Notes on vaccination in the North-West Frontier Province 1923-1928 - 1923-1928
Year: 1923
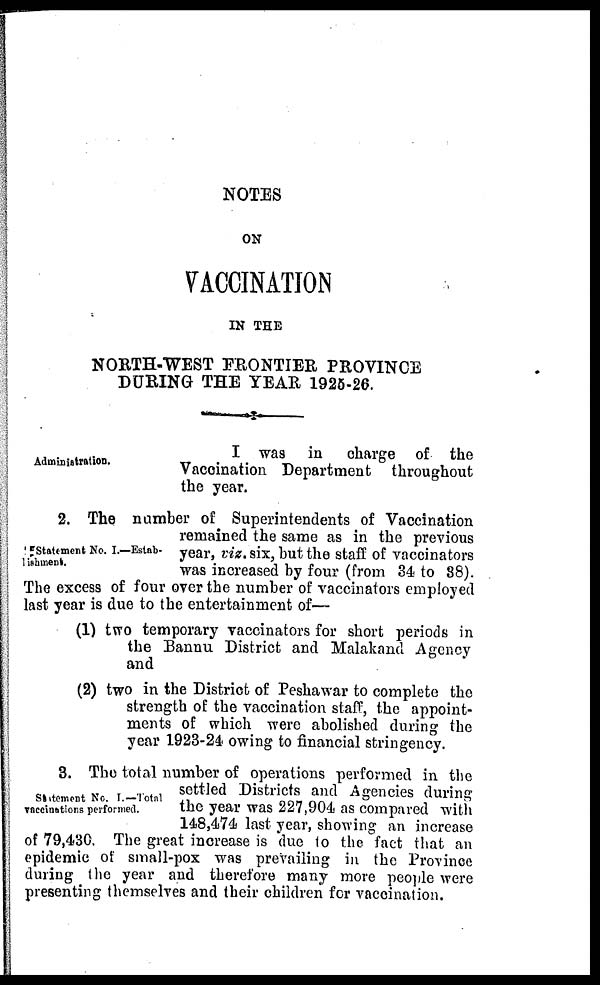
NOTES
ON
VACCINATION
IN THE
NORTH-WEST FRONTIER PROVINCE
DURING THE YEAR 1925-26.
Administration.
I was in charge of the
Vaccination Department throughout
the year.
Statement No. I.—Estab¬
1ishment.
2. The number of Superintendents of Vaccination
remained the same as in the previous
year, viz, six, but the staff of vaccinators
was increased by four (from 34 to 38).
The excess of four over the number of vaccinators employed
last year is due to the entertainment of—
(1) two temporary vaccinators for short periods in
the Bannu District and Malakand Agency
and
(2) two in the District of Peshawar to complete the
strength of the vaccination staff, the appoint-
ments of which were abolished during the
year 1923-24 owing to financial stringency.
Statement No. I.—Total
vaccinations performed.
3. The total number of operations performed in the
settled Districts and Agencies during
the year was 227,904 as compared with
148,474 last year, showing an increase
of 79,430. The great increase is due to the fact that an
epidemic of small-pox was prevailing in the Province
during the year and therefore many more people were
presenting themselves and their children for vaccination.